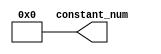
module ConstantChannelNum(
							output [3 : 0] constant_num
							);
		parameter [3 : 0] num = 4'd0;
		
		assign constant_num = num;
	endmodule